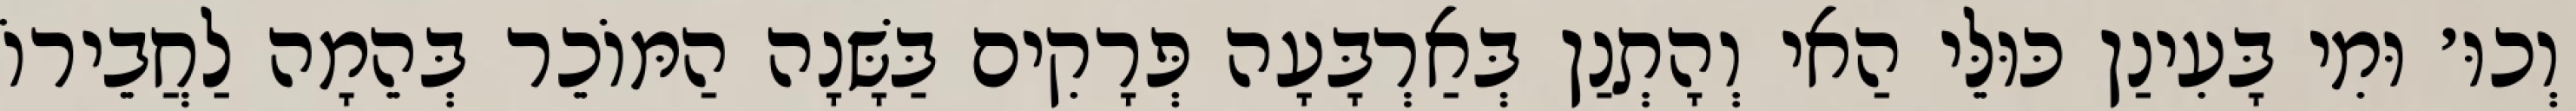
וְכוּ׳ וּמִי בָּעִינַן כּוּלֵּי הַאי וְהָתְנַן בְּאַרְבָּעָה פְּרָקִים בַּשָּׁנָה הַמּוֹכֵר בְּהֵמָה לַחֲבֵירוֹ